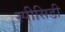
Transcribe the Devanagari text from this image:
स्पीसिडी